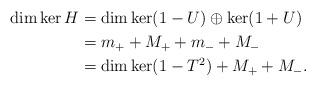
LaTeX: \begin{align*}\dim \ker H & = \dim \ker (1-U) \oplus \ker (1+U) \\& = m_+ + M_+ + m_- + M_- \\& = \dim \ker (1-T^2) + M_+ + M_-.\end{align*}